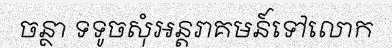
ចន្ថា ទទូចសុំអន្តរាគមន៍ទៅលោក